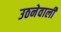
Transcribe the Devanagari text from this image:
उठनेवाली